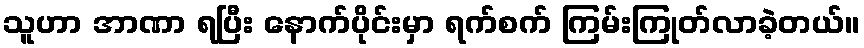
သူဟာ အာဏာ ရပြီး နောက်ပိုင်းမှာ ရက်စက် ကြမ်းကြုတ်လာခဲ့တယ်။